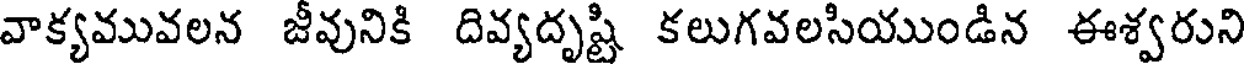
వాక్యమువలన జీవునికి దివ్యదృష్టి కలుగవలసియుండిన ఈశ్వరుని